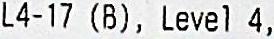
L4-17 (B), LEVEL 4,